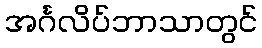
အင်္ဂလိပ်ဘာသာတွင်